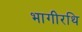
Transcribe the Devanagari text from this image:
भागीरथि